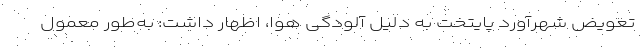
تعویض شهرآورد پایتخت به دلیل آلودگی هوا، اظهار داشت: به‌طور معمول